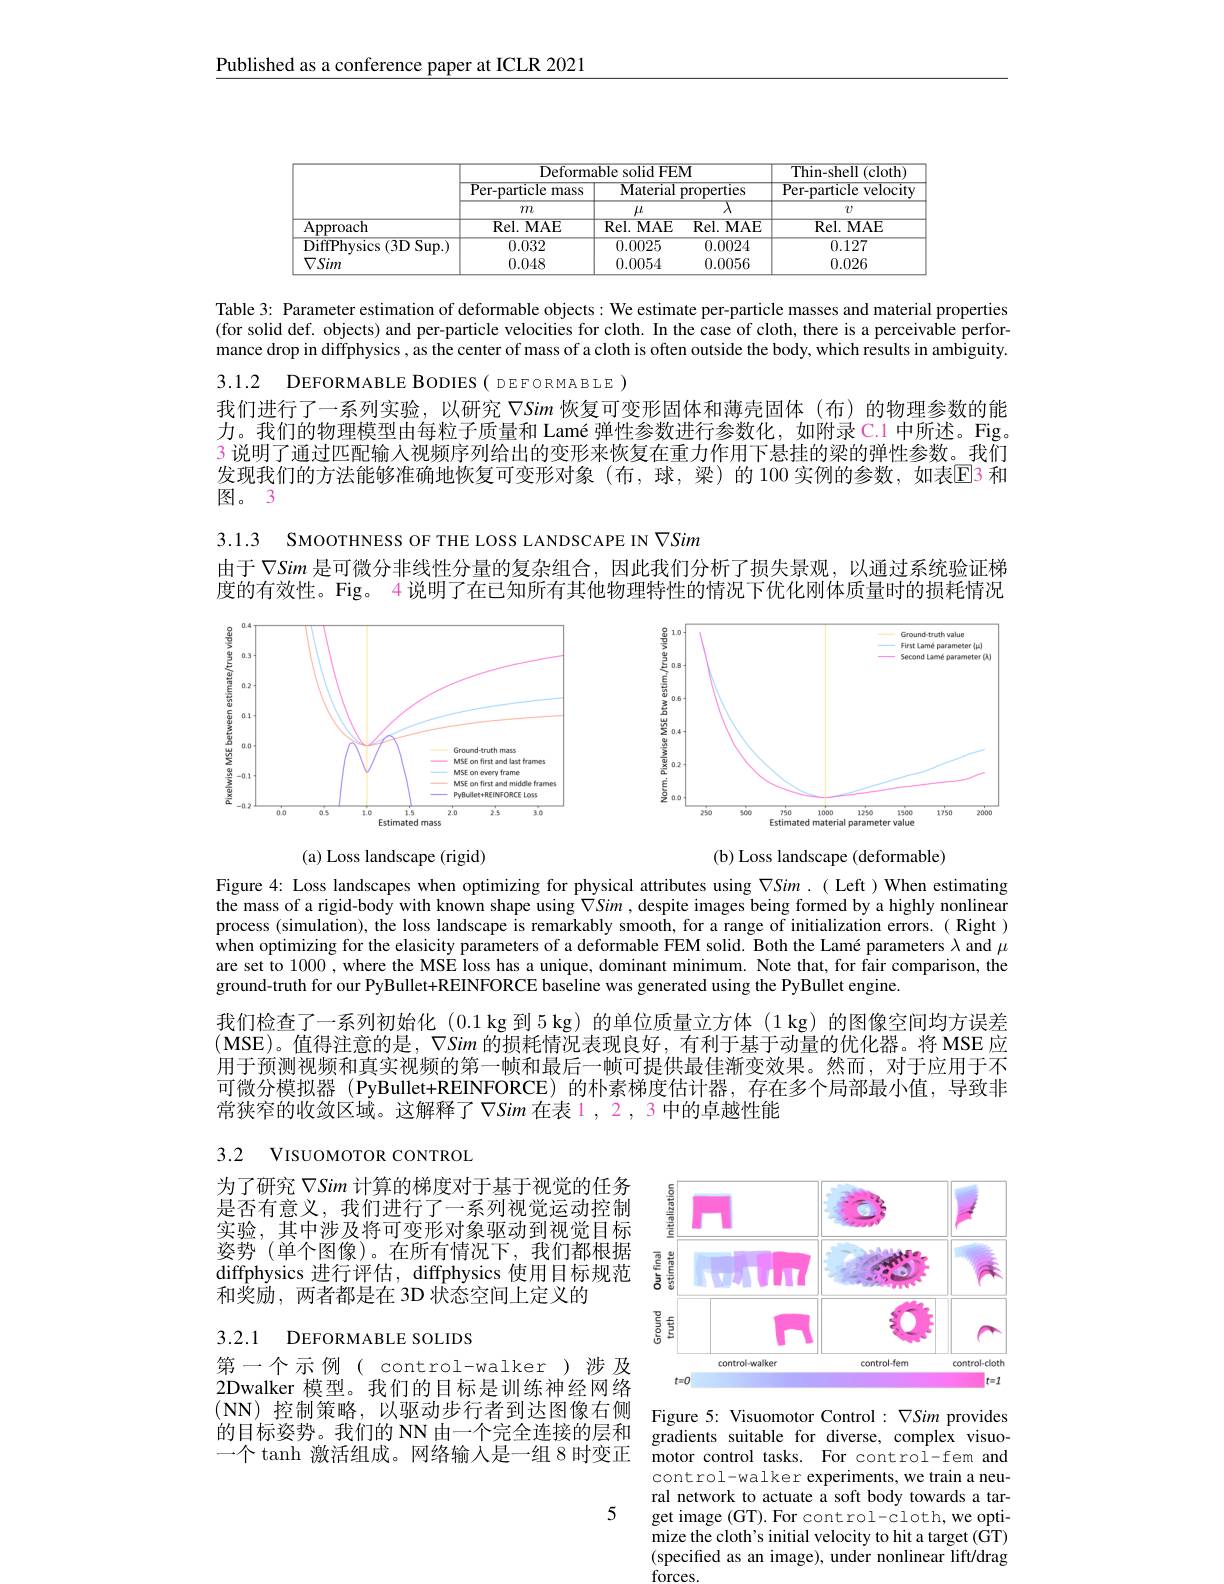
$\underline{\text{Published as a conference paper at ICLR 2021}}$

<table>
	<tbody>
		<tr>
			<th> </th>
			<th colspan="3">Deformable solid FEM</th>
			<th rowspan="3">Thin-shell (cloth) Per-particle velocity $v$</th>
		</tr>
		<tr>
			<th> </th>
			<th rowspan="2">Per- particle mass $m$</th>
			<th>Material</th>
			<th>properties</th>
		</tr>
		<tr>
			<th> </th>
			<th>$\mu$</th>
			<th>$\lambda$</th>
		</tr>
		<tr>
			<td>Approach</td>
			<td>Rel. MAE</td>
			<td>Rel. MAE</td>
			<td>Rel. MAE</td>
			<td>Rel.MAE</td>
		</tr>
		<tr>
			<td>DiffPhysics (3D Sup.)</td>
			<td>0.032</td>
			<td>0.0025</td>
			<td>0.0024</td>
			<td>0.127</td>
		</tr>
		<tr>
			<td>$\nabla Sim$</td>
			<td>0.048</td>
			<td>0.0054</td>
			<td>0.0056</td>
			<td>0.026</td>
		</tr>
	</tbody>
</table>

Table 3: Parameter estimation of deformable objects: We estimate per-particle masses and material properties (for solid def. objects) and per-particle velocities for cloth. In the case of cloth, there is a perceivable performance drop in diffphysics , as the center of mass of a cloth is often outside the body, which results in ambiguity.

3.1.2 DEFORMABLE BODIES( DEFORMABLE)

我们进行了一系列实验，以研究$\nabla$Sim 恢复可变形固体和薄壳固体(布)的物理参数的能力。我们的物理模型由每粒子质量和 Lamé 弹性参数进行参数化，如附录 C.1 中所述。Fig。3 说明了通过匹配输人视频序列给出的变形来恢复在重力作用下悬挂的梁的弹性参数。我们发现我们的方法能够准确地恢复可变形对象(布，球，梁)的100实例的参数，如表$\color{red}{\color{red}{\mathrm{E}}}$3 和图。3

3.1.3 SMOOTHNESS OF THE LOSS LANDSCAPE IN $\nabla Sim$
由于$\nabla Sim$是可微分非线性分量的复杂组合，因此我们分析了损失景观，以通过系统验证梯度的有效性。Fig。4 说明了在已知所有其他物理特性的情况下优化刚体质量时的损耗情况

<FigureHere>

<FigureHere>

(a) Loss landscape (rigid)

(b) Loss landscape (deformable)

Figure 4: Loss landscapes when optimizing for physical attributes using $\nabla Sim.($ Left )When estimating the mass of a rigid-body with known shape using $\nabla Sim$ , despite images being formed by a highly nonlinear process (simulation), the loss landscape is remarkably smooth, for a range of initialization errors. ( Right ) when optimizing for the elasicity parameters of a deformable FEM solid. Both the Lamé parameters $\lambda$ and $\mu$ are set to 1000 , where the MSE loss has a unique, dominant minimum. Note that, for fair comparison, the ground-truth for our PyBullet+REINFORCE baseline was generated using the PyBullet engine.

我们检查了一系列初始化 (0.1kg 到 5 kg) 的单位质量立方体 (1 kg) 的图像空间均方误差(MSE)。值得注意的是，$\nabla Sim$的损耗情况表现良好，有利于基于动量的优化器。将 MSE 应用于预测视频和真实视频的第一帧和最后一帧可提供最佳渐变效果。然而，对于应用于不可微分模拟器 (PyBullet+REINFORCE)的朴素梯度估计器，存在多个局部最小值，导致非常狭窄的收敛区域。这解释了$\nabla Sim$在表 1 , 2 , 3 中的卓越性能

3.2 VISUOMOTOR CONTROL

为了研究$\nabla Sim$计算的梯度对于基于视觉的任务是否有意义，我们进行了一系列视觉运动控制实验，其中涉及将可变形对象驱动到视觉目标姿势(单个图像)。在所有情况下，我们都根据diffphysics 进行评估，diffphysics 使用目标规范和奖励 ,两者都是在 3D 状态空间上定义的

<FigureHere>

3.2.1 DEFORMABLE SOLIDS

第一个示例(control-walker)涉及2Dwalker 模型。我们的目标是训练神经网络$(\mathbf{NN})$控制策略，以驱动步行者到达图像右侧 Figure 5: Visuomotor Control $:\nabla Sim$ provides 的目标姿势。我们的 NN 由一个完全连接的层和 gradients suitable for diverse, complex visuo一个 tanh 激活组成。网络输入是一组 8 时变正 motor control tasks. For control-fem and

control-walker experiments, we train a neural network to actuate a soft body towards a target image (GT).For control-cloth,we optimize the cloth's initial velocity to hit a target ( GT) (specified as an image), under nonlinear lift/drag forces

5